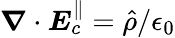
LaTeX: \boldsymbol\nabla\cdot{\boldsymbol E}_{c}^{\parallel}=\hat{\rho}/\epsilon_{0}